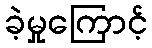
ခဲ့မှုကြောင့်